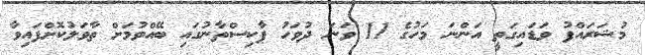
މުޝަރައްފު ވަޑައިގަތީ އަންނަ މަހުގެ 11 ވަނަ ދުވަހު ޕާކިސްތާނުގައި ބޭއްވުމަށް ތާވަލުކޮށްފައިވާ